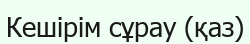
Кешірім сұрау (қаз)